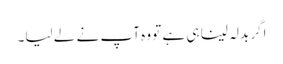
اگر بدلہ لینا ہی ہے تو وہ آپ نے لے لیا۔